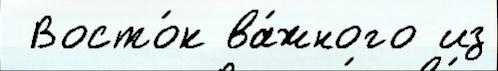
 Восто́к ва́жного из